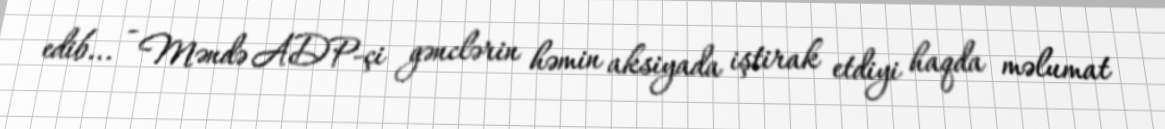
edib... - Məndə ADP-çi gənclərin həmin aksiyada iştirak etdiyi haqda məlumat